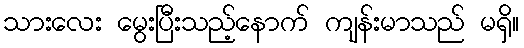
သားလေး မွေးပြီးသည့်နောက် ကျန်းမာသည် မရှိ။